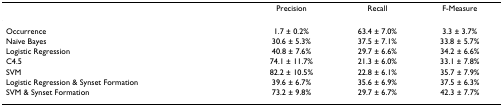
|  | Precision | Recall | F-Measure |
 | --- | --- | --- | --- |
 | Occurrence | 1.7 ± 0.2% | 63.4 ± 7.0% | 3.3 ± 3.7% |
 | Naïve Bayes | 30.6 ± 5.3% | 37.5 ± 7.1% | 33.8 ± 5.7% |
 | Logistic Regression | 40.8 ± 7.6% | 29.7 ± 6.6% | 34.2 ± 6.6% |
 | C4.5 | 74.1 ± 11.7% | 21.3 ± 6.0% | 33.1 ± 7.8% |
 | SVM | 82.2 ± 10.5% | 22.8 ± 6.1% | 35.7 ± 7.9% |
 | Logistic Regression & Synset Formation | 39.6 ± 6.7% | 35.6 ± 6.9% | 37.5 ± 6.3% |
 | SVM & Synset Formation | 73.2 ± 9.8% | 29.7 ± 6.7% | 42.3 ± 7.7% |